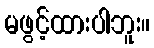
မဖွင့်ထားပါဘူး။